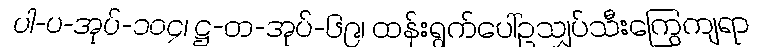
ပါ-ပ-အုပ်-၁၀၄၊ ဋ္ဌ-တ-အုပ်-၆၉၊ ထန်းရွက်ပေါ်ဥသျှပ်သီးကြွေကျရာ